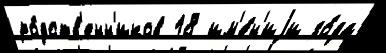
ро́дств'енн'иков 18 им'е́н'иjи го́да